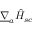
\underline { { \nabla } } _ { a } \hat { H } _ { s c }